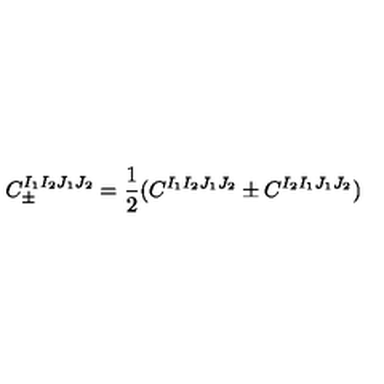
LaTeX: C _ { \pm } ^ { I _ { 1 } I _ { 2 } J _ { 1 } J _ { 2 } } = \frac { 1 } { 2 } ( C ^ { I _ { 1 } I _ { 2 } J _ { 1 } J _ { 2 } } \pm C ^ { I _ { 2 } I _ { 1 } J _ { 1 } J _ { 2 } } )